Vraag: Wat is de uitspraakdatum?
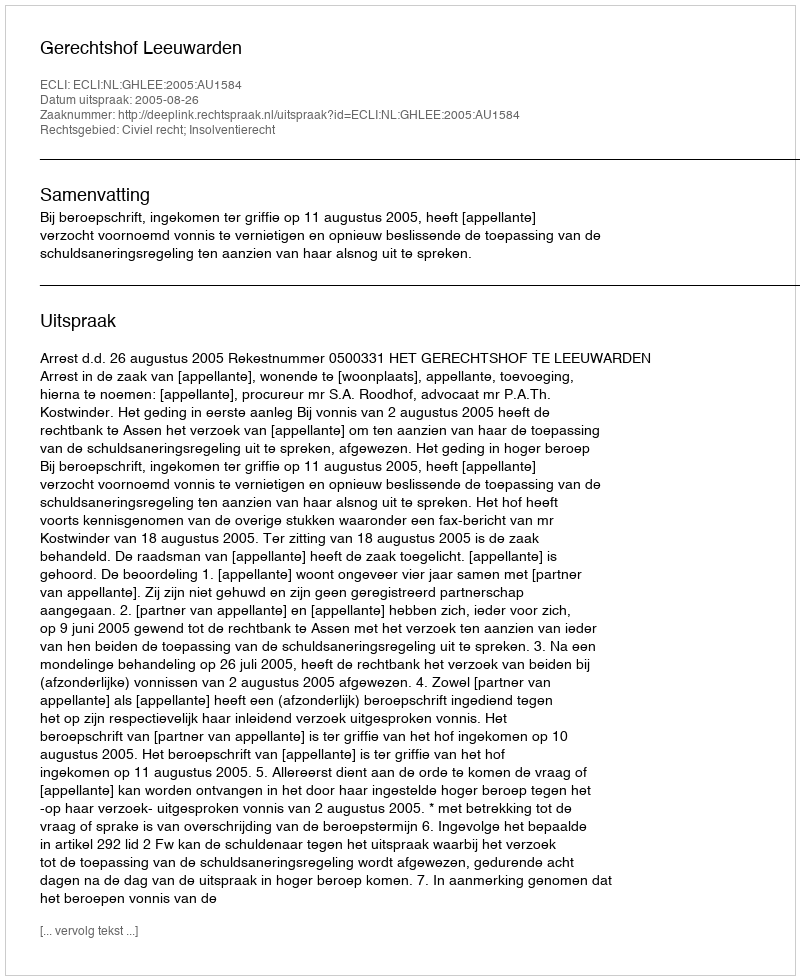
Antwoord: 2005-08-26